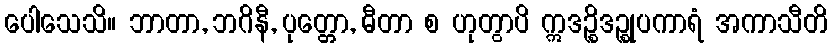
ပေါသေသိ။ ဘာတာ, ဘဂိနီ, ပုတ္တော, ဓီတာ စ ဟုတွာပိ ဣဒဉ္စိဒဉ္စုပကာရံ အကာသီတိ